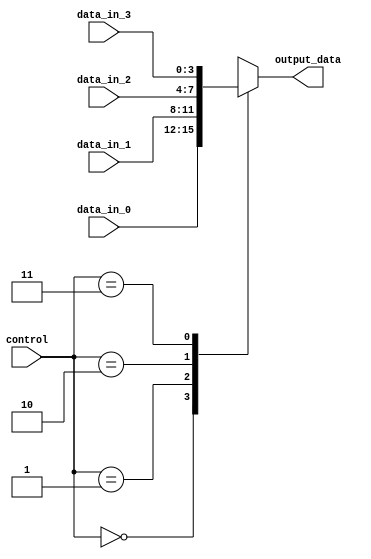
module multiplexer_4to1 (
    input [3:0] data_in_0,
    input [3:0] data_in_1,
    input [3:0] data_in_2,
    input [3:0] data_in_3,
    input [1:0] control,
    output reg [3:0] output_data
);

always @(*) begin
    case (control)
        2'b00: output_data = data_in_0;
        2'b01: output_data = data_in_1;
        2'b10: output_data = data_in_2;
        2'b11: output_data = data_in_3;
    endcase
end

endmodule